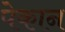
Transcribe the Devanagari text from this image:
पेकान